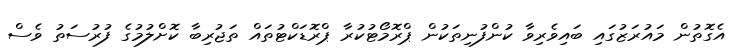
އެގޮތުން މައުރަޒުގައި ބައިވެރިވާ ކުންފުނިތަކުން ޕްރޮމޯޓުކުރާ ޕްރޮޑަކްޓުތައް ތަޖުރިބާ ކޮށްލުމުގެ ފުރުސަތު ވެސް